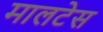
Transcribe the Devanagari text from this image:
मालटेस